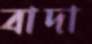
বাদা